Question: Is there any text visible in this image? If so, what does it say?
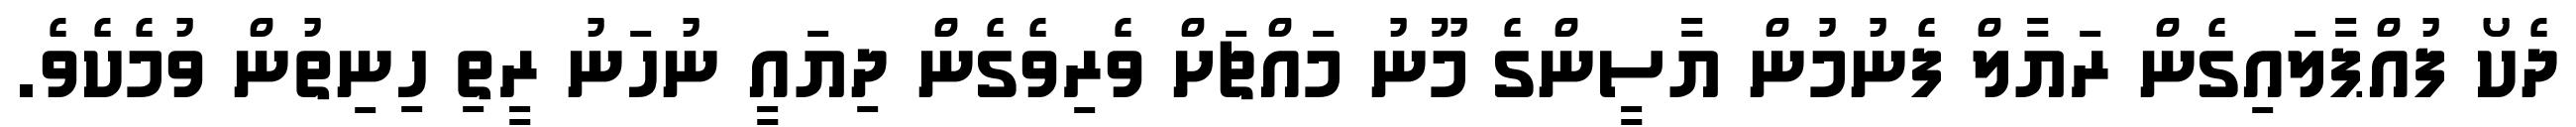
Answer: ދެކޯ ފުއްޕާލައިގެން ރަޔާލް ފެނުމުން ޔާސީންގެ މޫނު މައްޗަށް ވެރިވެގެން ދިޔައީ ނުހަނު ރީތި ހިނިތުން ވުމެކެވެ.